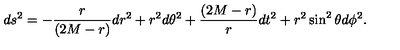
d s ^ { 2 } = - { \frac { r } { ( 2 M - r ) } } d r ^ { 2 } + r ^ { 2 } d \theta ^ { 2 } + { \frac { ( 2 M - r ) } { r } } d t ^ { 2 } + r ^ { 2 } \sin ^ { 2 } \theta d \phi ^ { 2 } .